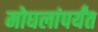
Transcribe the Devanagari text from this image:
मोघलांपर्यंत